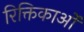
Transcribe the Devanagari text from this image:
रिक्तिकाओं